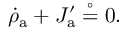
\dot { \rho } _ { \mathrm { a } } + J _ { \mathrm { a } } ^ { \prime } \stackrel { \circ } { = } 0 .